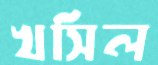
খসিল